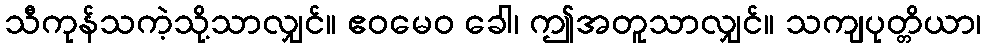
သီကုန်သကဲ့သို့သာလျှင်။ ဧဝမေဝ ခေါ၊ ဤအတူသာလျှင်။ သကျပုတ္တိယာ၊